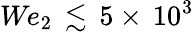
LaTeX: \textit{We}_{2}\, \lesssim\, 5\times\, 10^{3}